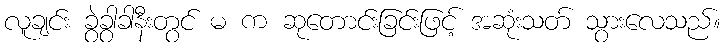
လူချင်း ခွဲခွာခါနီးတွင် မ က ဆုတောင်းခြင်းဖြင့် အဆုံးသတ် သွားလေသည်။